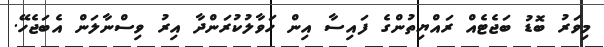
މިވަރު ބޮޑު ބަޖެޓެއް ރައްޔިތުންގެ ފައިސާ އިން ހަވާލުކުރަންދާ އިރު ވިސްނާލަން އެބަޖެހޭ.